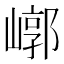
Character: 𡻳